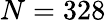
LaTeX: N=328